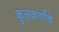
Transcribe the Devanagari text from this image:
कुलकर्णाचे